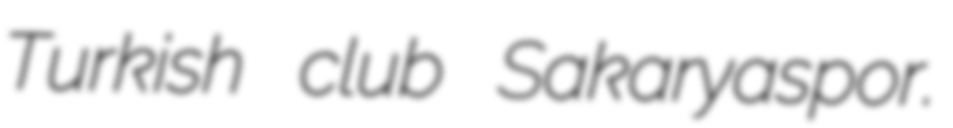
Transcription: Turkish club Sakaryaspor.